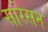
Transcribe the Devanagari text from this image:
सरिसन